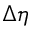
\Delta \eta